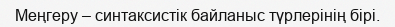
Меңгеру – синтаксистік байланыс түрлерінің бірі.